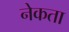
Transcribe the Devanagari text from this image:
नेकता